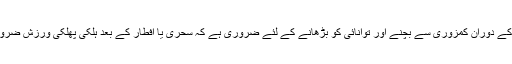
لہٰذا روزے کے دوران کمزوری سے بچنے اور توانائی کو بڑھانے کے لئے ضروری ہے کہ سحری یا افطار کے بعد ہلکی پھلکی ورزش ضرورکی جائے۔